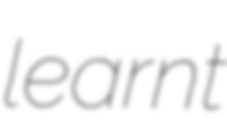
learnt